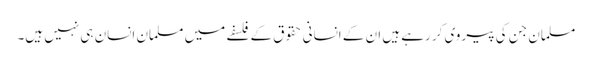
مسلمان جن کی پیروی کر رہے ہیں ان کے انسانی حقوق کے فلسفے میں مسلمان انسان ہی نہیں ہیں۔